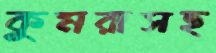
কুমরাসহ